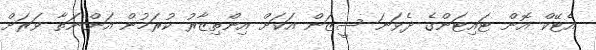
އެޓޭކް އޮން ޓައިޓަންގެ ދެވަނަ ސީޒަން އަކަށް އިންތިޒާރު ކުރަމުން އަންނަތާ ވަރަށް